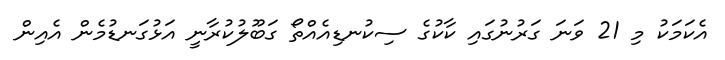
އެކަމަކު މި 21 ވަނަ ގަރުނުގައި ކާކުގެ ސިކުނޑިއެއްތޯ ގަބޫލުކުރާނީ އަޅުގަނޑުމެން އެއިން